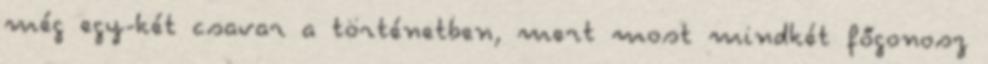
még egy-két csavar a történetben, mert most mindkét főgonosz